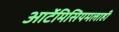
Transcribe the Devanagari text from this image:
आर्टेमिसियमलाही